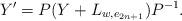
\begin{align*}Y' = P(Y +L_{w,e_{2n+1}})P^{-1}.\end{align*}